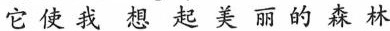
它使我想起美丽的森林